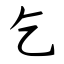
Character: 乞